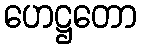
ဟေဋ္ဌတော